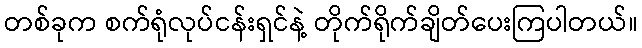
တစ်ခုက စက်ရုံလုပ်ငန်းရှင်နဲ့ တိုက်ရိုက်ချိတ်ပေးကြပါတယ်။